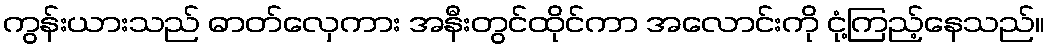
ကွန်းယားသည် ဓာတ်လှေကား အနီးတွင်ထိုင်ကာ အလောင်းကို ငုံ့ကြည့်နေသည်။